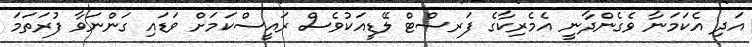
އަދި އެކަމަނާ ވެގެންދާނީ އެމެރިކާގެ ފަރސްޓް ލޭޑީއަކުވެސް ރައީސްކަމަށް ވަޑައި ގަންނަވާ ފުރަތަމަ